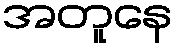
အတူနေ